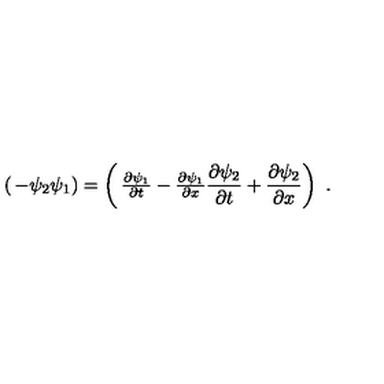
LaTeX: \left( \begin{matrix} { - \psi _ { 2 } } \\ { \psi _ { 1 } } \\ \end{matrix} \right) = \left( \begin{matrix} { \frac { \partial \psi _ { 1 } } { \partial t } - \frac { \partial \psi _ { 1 } } { \partial x } } \\ { \frac { \partial \psi _ { 2 } } { \partial t } + \frac { \partial \psi _ { 2 } } { \partial x } } \\ \end{matrix} \right) \ .